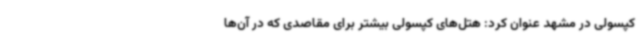
کپسولی در مشهد عنوان کرد: هتل‌های کپسولی بیشتر برای مقاصدی که در آن‌ها